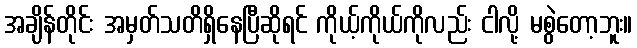
အချိန်တိုင်း အမှတ်သတိရှိနေပြီဆိုရင် ကိုယ့်ကိုယ်ကိုလည်း ငါလို့ မစွဲတော့ဘူး။